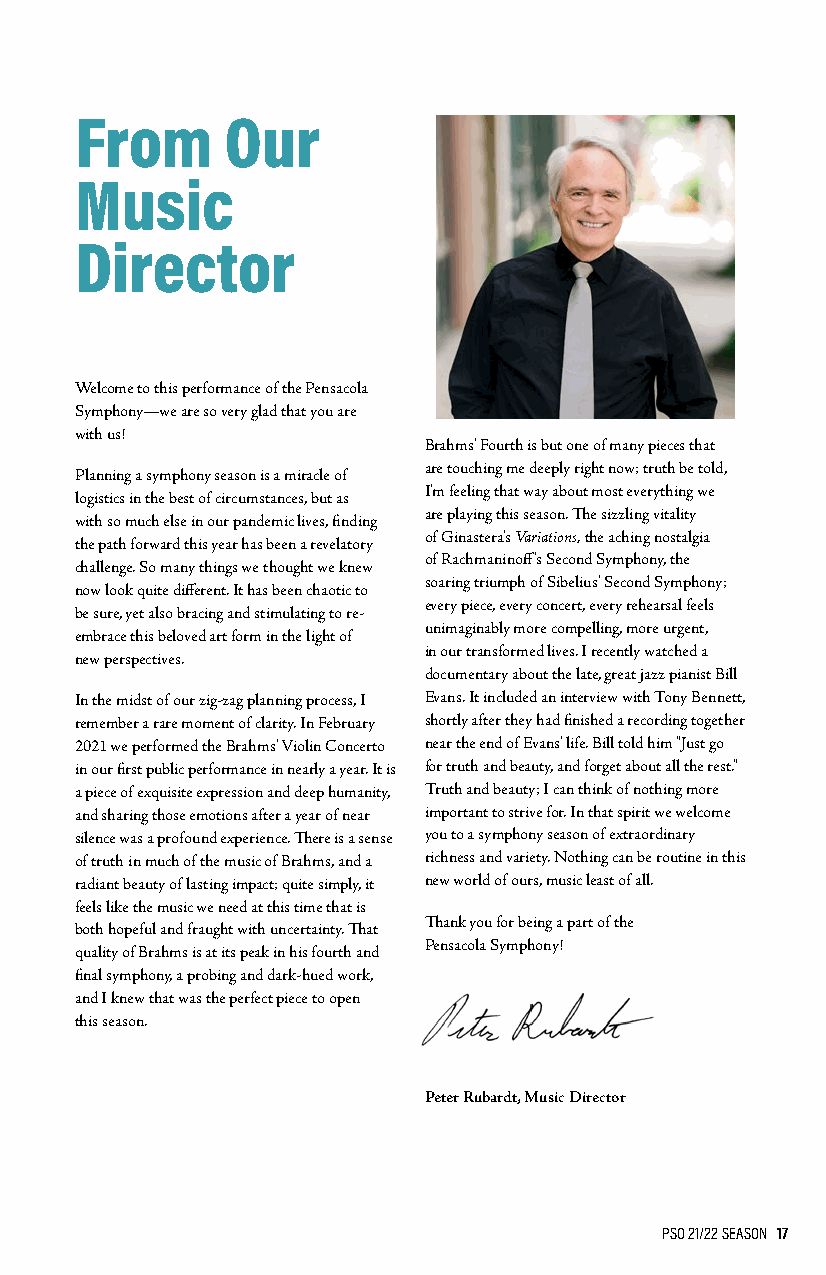
From      Our
 Music
 Director
 Welcome to this performance of the Pensacola
 Symphony—we are so very glad that you are
 with us!
 Brahms' Fourth is but one of many pieces that
 are touching me deeply right now; truth be told,
 Planning a symphony season is a miracle of
 I'm feeling that way about most everything we
 logistics in the best of circumstances, but as
 are playing this season. The sizzling vitality
 with so much else in our pandemic lives, finding
 the path forward this year has been a revelatory of Ginastera's Variations, the aching nostalgia
 of Rachmaninoff's Second Symphony, the
 challenge. So many things we thought we knew
 soaring triumph of Sibelius' Second Symphony;
 now look quite different. It has been chaotic to
 every piece, every concert, every rehearsal feels
 be sure, yet also bracing and stimulating to re-
 unimaginably more compelling, more urgent,
 embrace this beloved art form in the light of
 in our transformed lives. I recently watched a
 new perspectives.
 documentary about the late, great jazz pianist Bill
 In the midst of our zig-zag planning process, I Evans. It included an interview with Tony Bennett,
 remember a rare moment of clarity. In February shortly after they had finished a recording together
 2021 we performed the Brahms' Violin Concerto near the end of Evans' life. Bill told him "Just go
 in our first public performance in nearly a year. It is for truth and beauty, and forget about all the rest."
 a piece of exquisite expression and deep humanity, Truth and beauty; I can think of nothing more
 and sharing those emotions after a year of near important to strive for. In that spirit we welcome
 silence was a profound experience. There is a sense you to a symphony season of extraordinary
 of truth in much of the music of Brahms, and a richness and variety. Nothing can be routine in this
 radiant beauty of lasting impact; quite simply, it new world of ours, music least of all.
 feels like the music we need at this time that is
 Thank you for being a part of the
 both hopeful and fraught with uncertainty. That
 Pensacola Symphony!
 quality of Brahms is at its peak in his fourth and
 final symphony, a probing and dark-hued work,
 and I knew that was the perfect piece to open
 this season.
 Peter Rubardt, Music Director
 PSO 21/22 SEASON 17